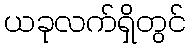
ယခုလက်ရှိတွင်